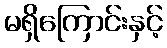
မရှိကြောင်းနှင့်